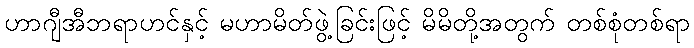
ဟာဂျီအီဘရာဟင်နှင့် မဟာမိတ်ဖွဲ့ခြင်းဖြင့် မိမိတို့အတွက် တစ်စုံတစ်ရာ